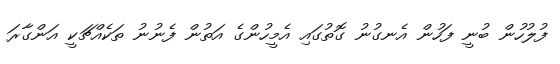
ފުލުހުން ބުނީ ފަހުން އެނގުނު ގޮތުގައި އެމީހުންގެ އަތުން ފެނުނު ތަކެއްޗަކީ އަންގާރަ